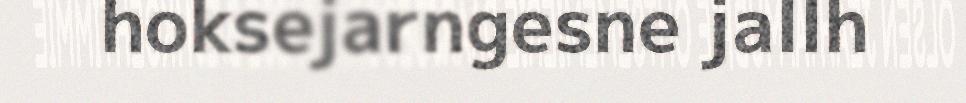
hoksejarngesne jallh